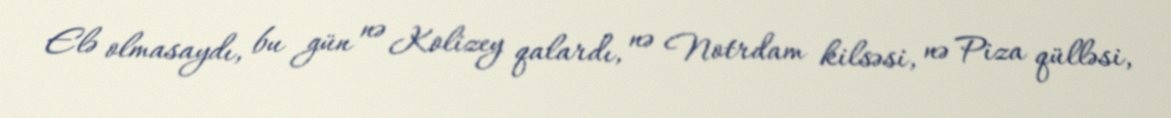
Elə olmasaydı, bu gün nə Kolizey qalardı, nə Notrdam kilsəsi, nə Piza qülləsi,